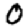
Digit: 0